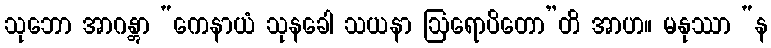
သုဘော အာဂန္တွာ “ကေနာယံ သုနခေါ သယနာ ဩရောပိတော”တိ အာဟ။ မနုဿာ “န